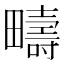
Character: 疇